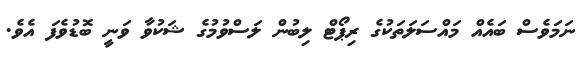
ނަމަވެސް ބައެއް މައްސަލަތަކުގެ ރިޕޯޓް ލިބުން ލަސްވުމުގެ ޝަކުވާ ވަނީ ބޮޑުވެފަ އެވެ.